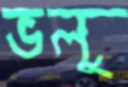
ভলু